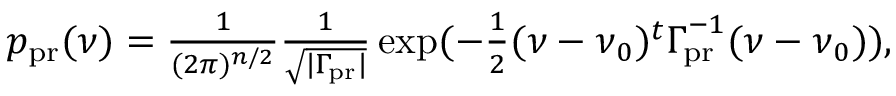
\begin{array} { r } { \begin{array} { l } { p _ { \mathrm { p r } } ( \ensuremath { \boldsymbol \nu } ) = { \frac { 1 } { ( 2 \pi ) ^ { n / 2 } } } { \frac { 1 } { \sqrt { | \ensuremath { \boldsymbol \Gamma _ { \! \mathrm { p r } } } | } } } \exp ( - { \frac { 1 } { 2 } } ( \ensuremath { \boldsymbol \nu } - \ensuremath { \boldsymbol \nu } _ { 0 } ) ^ { t } \ensuremath { \boldsymbol \Gamma _ { \! \mathrm { p r } } } ^ { - 1 } ( \ensuremath { \boldsymbol \nu } - \ensuremath { \boldsymbol \nu } _ { 0 } ) ) , } \end{array} } \end{array}